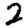
Digit: 2